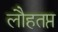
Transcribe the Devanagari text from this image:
लौहतप्त